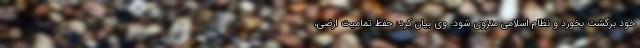
خود برگشت بخورد و نظام اسلامی منزوی شود. وی بیان کرد: حفظ تمامیت ارضی،